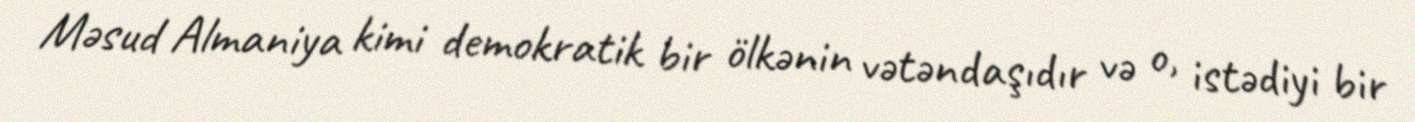
Məsud Almaniya kimi demokratik bir ölkənin vətəndaşıdır və o, istədiyi bir